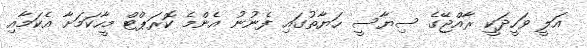
އަލީ ވަހީދަކީ ރާއްޖޭގެ ސިޔާސީ ހަޔާތުގައި ފެނުނު އެންމެ ކޮރަޕްޓް މީހާކަމަށާ އެކަމާއި